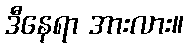
ဒီနေရာ အားလား။